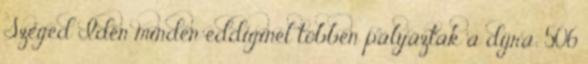
Szeged Idén minden eddiginél többen pályáztak a díjra; 506